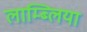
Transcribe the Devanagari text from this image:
लाम्ब्लिया